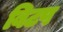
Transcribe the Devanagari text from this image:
बिटप